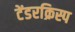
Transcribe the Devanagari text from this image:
टेंडरक्रिस्प